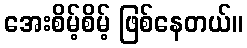
အေးစိမ့်စိမ့် ဖြစ်နေတယ်။